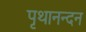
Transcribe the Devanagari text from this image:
पृथानन्दन